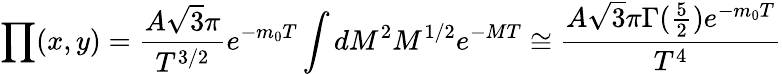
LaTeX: \prod(x,y)=\frac{A\sqrt{3}\pi}{T^{3/2}}e^{-m_{0}T}\int dM^{2}M^{1/2}e^{-MT}\cong\frac{A\sqrt{3}\pi\Gamma(\frac{5}{2})e^{-m_{0}T}}{T^{4}}